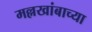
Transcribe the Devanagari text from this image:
मल्लखांबाच्या